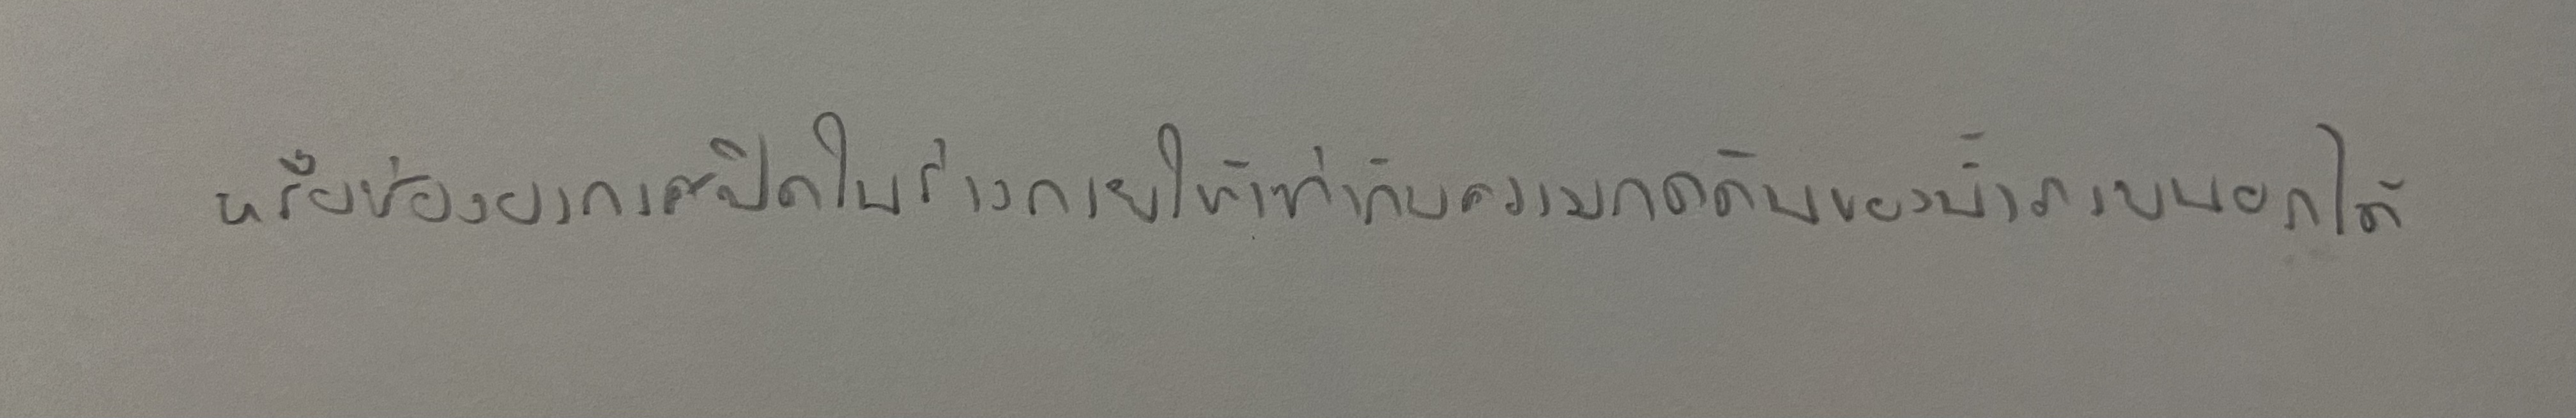
หรือช่องอากาศปิดในร่างกายให้เท่ากับความกดดันของน้ำภายนอกได้